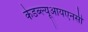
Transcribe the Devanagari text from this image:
केडब्ल्यूआयएनसी